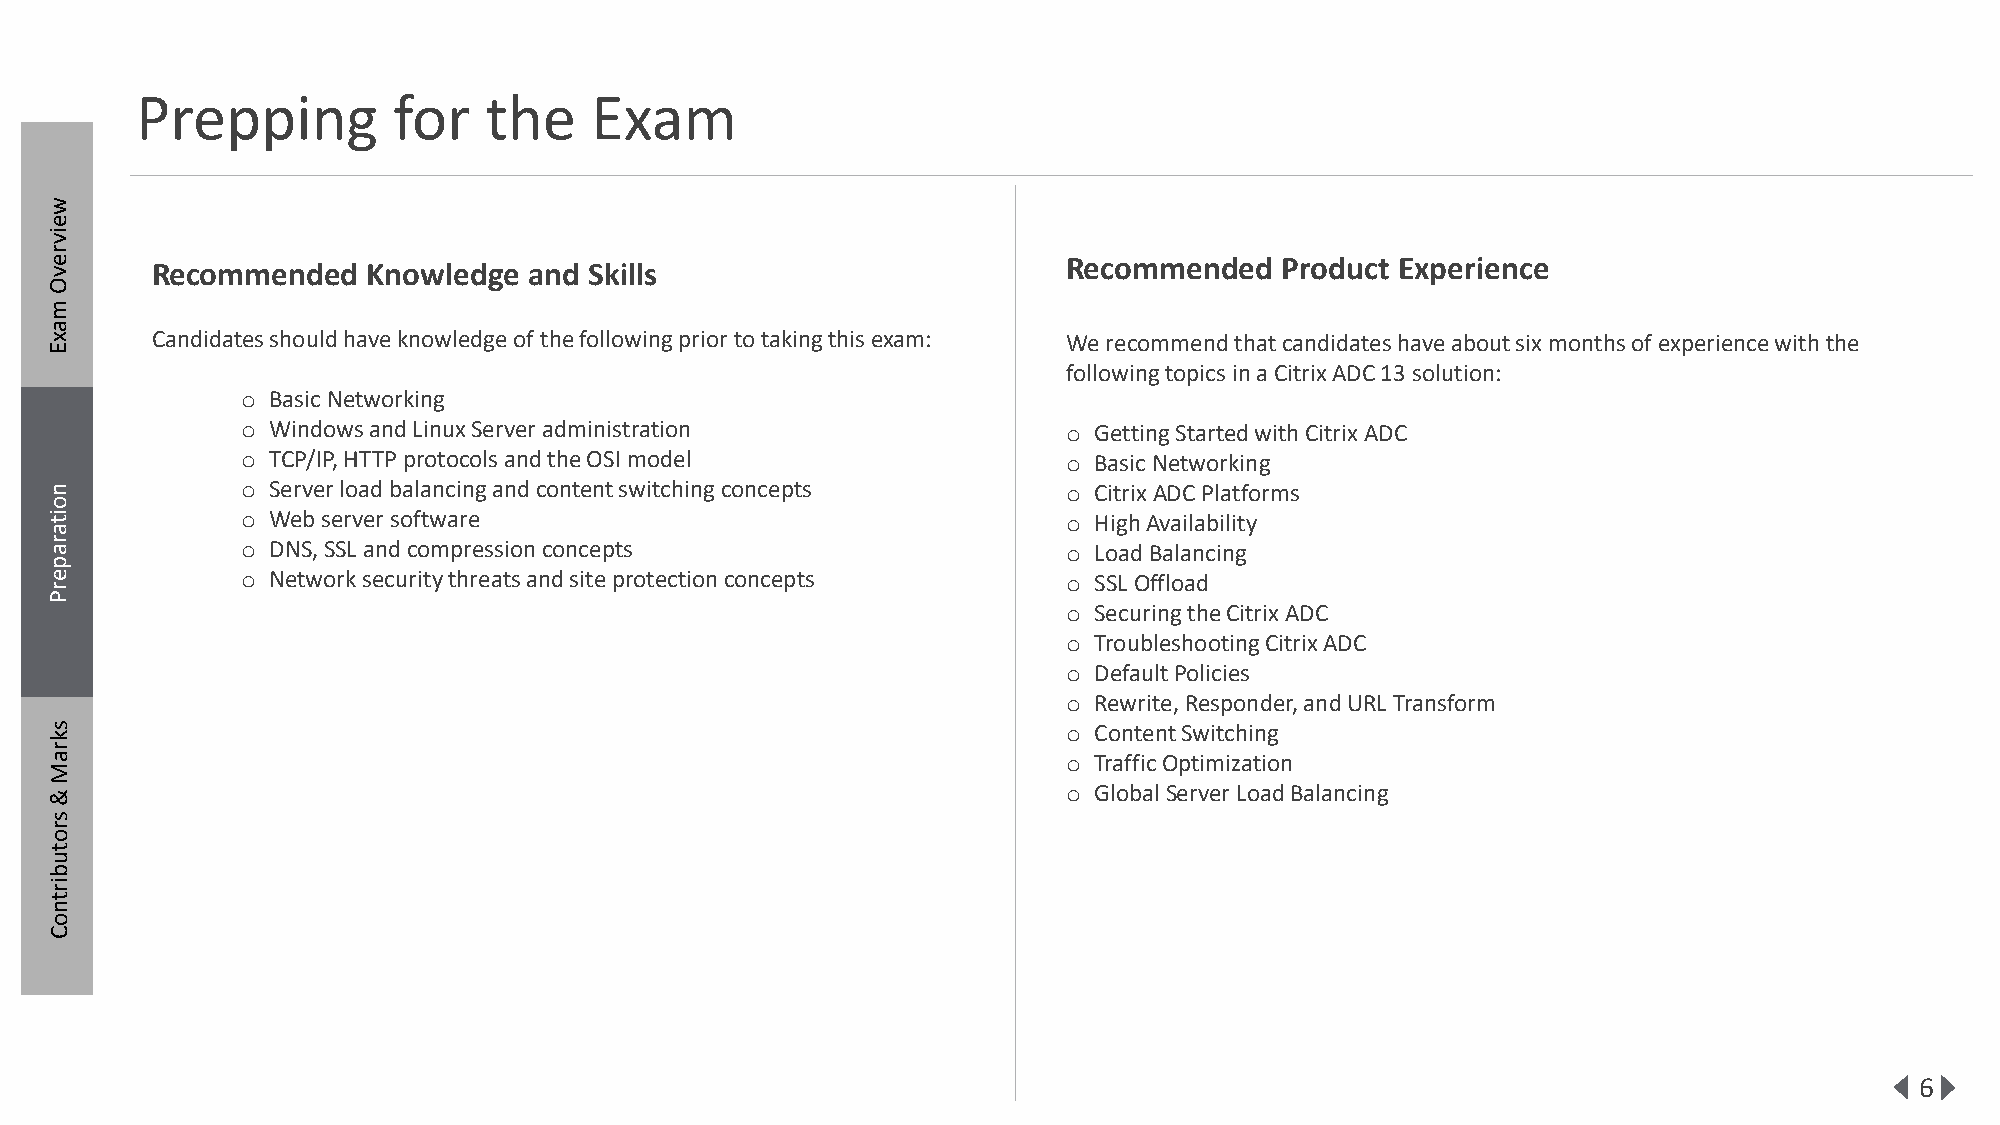
Prepping         for   the    Exam
 w
 e
 iv
 r
 e v    Recommended   Knowledge  and Skills                          Recommended   Product Experience
 O
 m
 a
 x      Candidates should have knowledge of the following prior to taking this exam: We recommend that candidates have about six months of experience with the
 E
 following topics in a Citrix ADC 13 solution:
 o Basic Networking
 o Windows and Linux Server administration              o Getting Started with Citrix ADC
 o TCP/IP, HTTP protocols and the OSI model             o Basic Networking
 n            o Server load balancing and content switching concepts o Citrix ADC Platforms
 no
 o itit
 a
 o Web server software                                  o High Availability
 a rr a       o DNS, SSL and compression concepts                    o Load Balancing
 ap
 p ee
 r
 o Network security threats and site protection concepts o SSL Offload
 rP
 P                                                                   o Securing the Citrix ADC
 o Troubleshooting Citrix ADC
 o Default Policies
 o Rewrite, Responder, and URL Transform
 s                                                                   o Content Switching
 k
 r
 a                                                                   o Traffic Optimization
 M
 &                                                                   o Global Server Load Balancing
 s
 r
 o
 t
 u
 b
 ir
 t
 n
 o
 C
 6